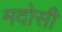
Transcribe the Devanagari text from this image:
मदोसी